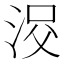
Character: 𱦠